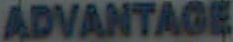
ADVANTAGE